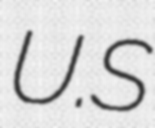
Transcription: U.S